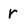
Character: r